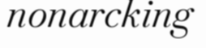
nonarcking